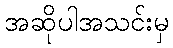
အဆိုပါအသင်းမှ